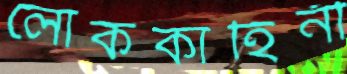
লোককাহিনী